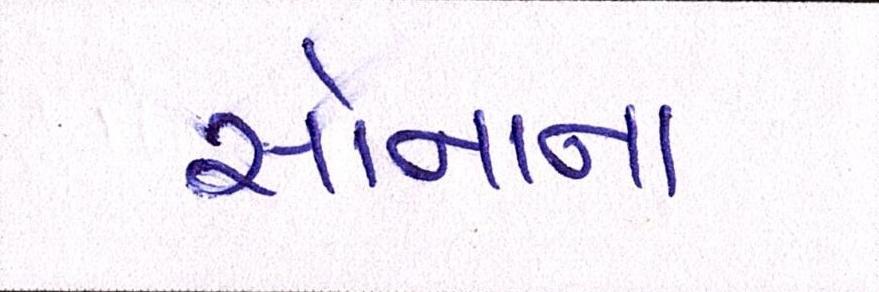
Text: સોનાના